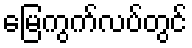
မြေကွက်လပ်တွင်